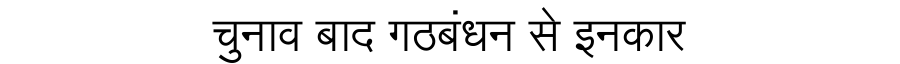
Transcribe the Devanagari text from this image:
चुनाव बाद गठबंधन से इनकार